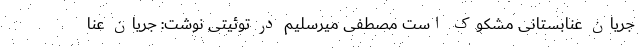
جریان عنابستانی مشکوک است مصطفی میرسلیم در توئیتی نوشت: جریان عنا